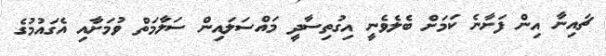
ޗައިނާ އިން ފަށާނެ ކަމަށް ބެލެވެނީ އިގުތިސާދީ މައްސަލައިން ސަލާމަތް ވުމަށާއި އެގައުމުގެ